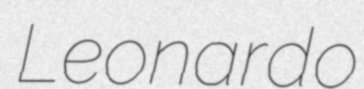
Leonardo